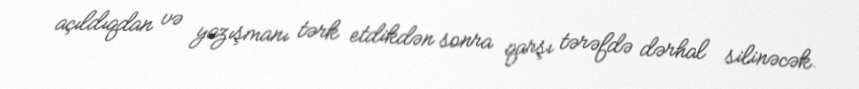
açıldıqdan və yazışmanı tərk etdikdən sonra qarşı tərəfdə dərhal silinəcək.